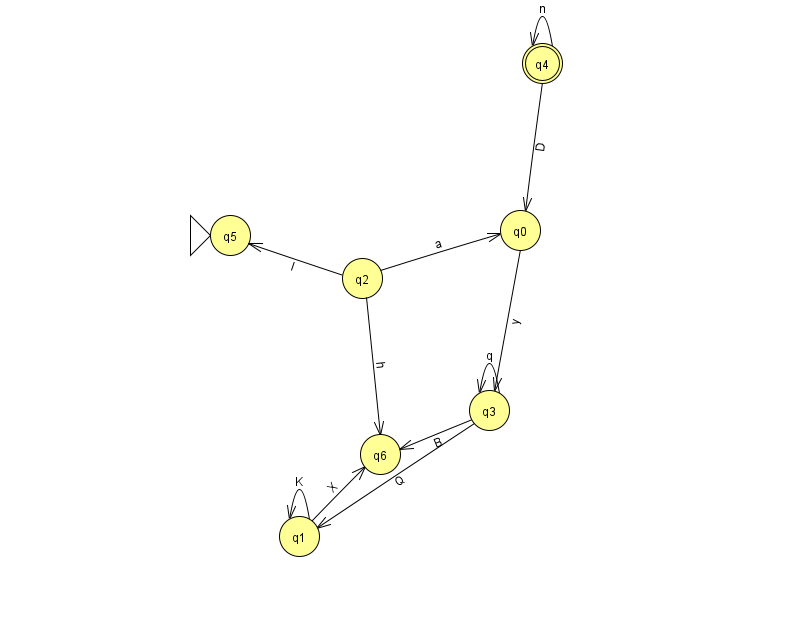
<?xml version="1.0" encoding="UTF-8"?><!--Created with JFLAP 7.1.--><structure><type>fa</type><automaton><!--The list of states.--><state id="0" name="q0"><x>520.0</x><y>217.0</y></state><state id="1" name="q1"><x>299.0</x><y>523.0</y></state><state id="2" name="q2"><x>362.0</x><y>265.0</y></state><state id="3" name="q3"><x>489.0</x><y>397.0</y></state><state id="4" name="q4"><x>542.0</x><y>50.0</y><final/></state><state id="5" name="q5"><x>230.0</x><y>222.0</y><initial/></state><state id="6" name="q6"><x>380.0</x><y>441.0</y></state><!--The list of transitions.--><transition><from>3</from><to>3</to><read>q</read></transition><transition><from>4</from><to>0</to><read>D</read></transition><transition><from>3</from><to>1</to><read>Q</read></transition><transition><from>1</from><to>1</to><read>K</read></transition><transition><from>1</from><to>6</to><read>X</read></transition><transition><from>0</from><to>3</to><read>y</read></transition><transition><from>2</from><to>0</to><read>a</read></transition><transition><from>2</from><to>6</to><read>h</read></transition><transition><from>4</from><to>4</to><read>n</read></transition><transition><from>2</from><to>5</to><read>I</read></transition><transition><from>3</from><to>6</to><read>B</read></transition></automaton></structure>